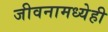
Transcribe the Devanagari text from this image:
जीवनामध्येही